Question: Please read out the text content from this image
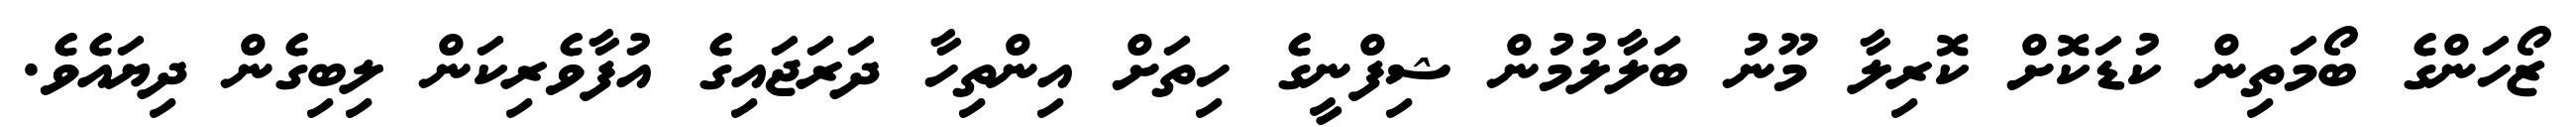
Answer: ޒޯހަންގެ ބޯމަތިން ކުޑަކޮށް ކޮރިލާ މޫނު ބަލާލުމުން ޝިފްނީގެ ހިތަށް އިންތިހާ ދަރަޖައިގެ އުފާވެރިކަން ލިބިގެން ދިޔައެވެ.